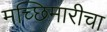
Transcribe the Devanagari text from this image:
मच्छिमारीचा